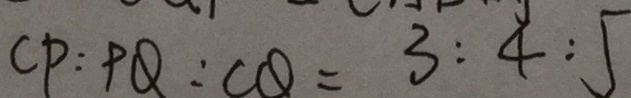
C P : P Q : C Q = 3 : 4 : 5